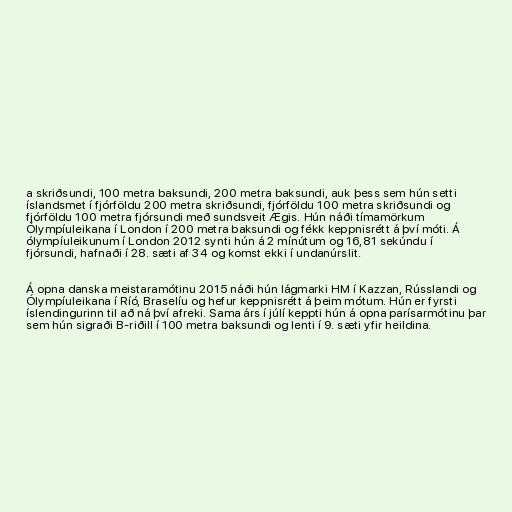
a skriðsundi, 100 metra baksundi, 200 metra baksundi, auk þess sem hún setti
íslandsmet í fjórföldu 200 metra skriðsundi, fjórföldu 100 metra skriðsundi og
fjórföldu 100 metra fjórsundi með sundsveit Ægis. Hún náði tímamörkum
Ólympíuleikana í London í 200 metra baksundi og fékk keppnisrétt á því móti. Á
ólympíuleikunum í London 2012 synti hún á 2 mínútum og 16,81 sekúndu í
fjórsundi, hafnaði í 28. sæti af 34 og komst ekki í undanúrslit.

Á opna danska meistaramótinu 2015 náði hún lágmarki HM í Kazzan, Rússlandi og
Ólympíuleikana í Ríó, Braselíu og hefur keppnisrétt á þeim mótum. Hún er fyrsti
íslendingurinn til að ná því afreki. Sama árs í júlí keppti hún á opna parísarmótinu þar
sem hún sigraði B-riðill í 100 metra baksundi og lenti í 9. sæti yfir heildina.